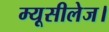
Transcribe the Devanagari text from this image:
म्यूसीलेज।